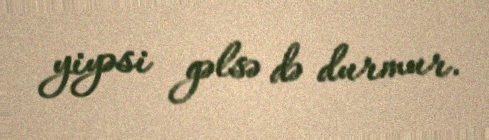
yiyəsi gəlsə də durmur.